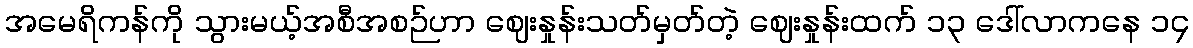
အမေရိကန်ကို သွားမယ့်အစီအစဉ်ဟာ ဈေးနှုန်းသတ်မှတ်တဲ့ ဈေးနှုန်းထက် ၁၃ ဒေါ်လာကနေ ၁၄